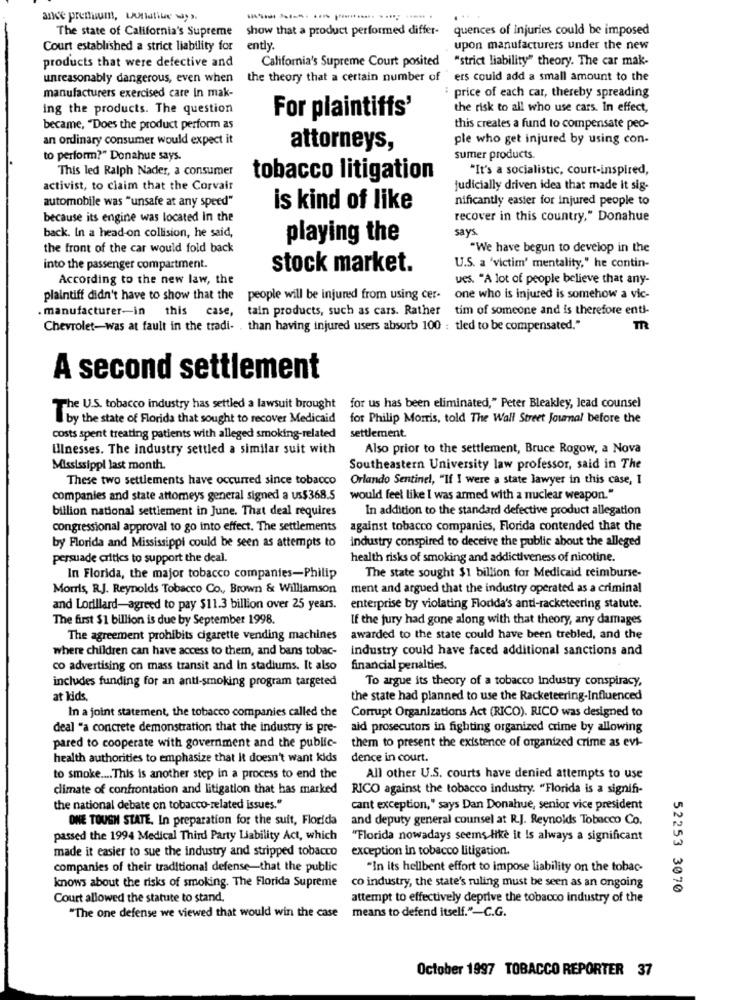
ance premium, unlike ways.
The state of California's Supreme
show that a product performed differ-
quences of injuries could be imposed
Court established a strict liability for
ently.
upon manufacturers under the new
products that were defective and
California's Supreme Court posited "strict liability" theory. The car mak-
unreasonably dangerous, even when
the theory that a certain number of "ers could add a small amount to the
manufacturers exercised care in mak-
price of each car, thereby spreading
ing the products. The question
the risk to all who use cars. In effect,
For plaintiffs'
became, "Does the product perform as
this creates a fund to compensate peo-
an ordinary consumer would expect it
ple who get injured by using con-
attorneys,
to perform?" Donahue says.
sumer products.
This led Ralph Nader, a consumer
"It's a socialistic, court-inspired,
tobacco litigation
activist, to claim that the Corvair
judicially driven idea that made it sig-
automobile was "unsafe at any speed"
nificantly easier for injured people to
is kind of like
because its engine was located in the
recover in this country," Donahue
back. In a head-on collision, he said,
says
playing the
the front of the car would fold back
"We have begun to develop in the
into the passenger compartment.
stock market.
U.S. a 'victim' mentality," he contin-
According to the new law, the
ues. "A lot of people believe that any-
plaintiff didn't have to show that the
people will be injured from using cer-
one who is injured is somehow a vic-
manufacturer-in
this case,
tain products, such as cars. Rather
tim of someone and is therefore enti-
Chevrolet-was at fault in the tradi- .
than having injured users absorb 100 : tled to be compensated."
TR
A second settlement
The U.S. tobacco industry has settled a lawsuit brought for us has been eliminated," Peter Bleakley, lead counsel
by the state of Florida that sought to recover Medicaid
for Philip Morris, told The Wall Street Journal before the
costs spent treating patients with alleged smoking-related
settlement
Ulnesses. The industry settled a similar suit with
Also prior to the settlement, Bruce Rogow, a Nova
Mississippi last month.
Southeastern University law professor, said in The
These two settlements have occurred since tobacco
Orlando Sentinel, "If I were a state lawyer in this case, I
companies and state attorneys general signed a us$368.5
would feel like I was armed with a nuclear weapon."
billion national settlement in June. That deal requires
In addition to the standard defective product allegation
congressional approval to go into effect. The settlements
against tobacco companies, Florida contended that the
by Florida and Mississippi could be seen as attempts to
industry conspired to deceive the public about the alleged
persuade critics to support the deal.
health risks of smoking and addictiveness of nicotine.
In Florida, the major tobacco companies-Philip
The state sought $1 billion for Medicaid reimburse-
Morris, R.J. Reynolds Tobacco Co ., Brown & Williamson
ment and argued that the industry operated as a criminal
and Lorillard-agreed to pay $11.3 billion over 25 years.
enterprise by violating Flodda's anti-racketeering statute.
The furst $1 billion is due by September 1998.
If the jury had gone along with that theory, any damages
The agreement prohibits cigarette vending machines
awarded to the state could have been trebled, and the
where children can have access to them, and bans tobac-
industry could have faced additional sanctions and
co advertising on mass transit and In stadiums. It also
financial penalties.
includes funding for an anti-smoking program targeted
To argue its theory of a tobacco Industry conspiracy,
at kids.
the state had planned to use the Racketeering-Influenced
In a joint statement, the tobacco companies called the
Corrupt Organizations Act (RICO). RICO was designed to
deal "a concrete demonstration that the industry is pre-
aid prosecutors in fighting organized crime by allowing
pared to cooperate with government and the public-
them to present the existence of organized crime as evi-
health authorities to emphasize that it doesn't want kids
dence in court.
to smoke .... This is another step in a process to end the
All other U.S. courts have denied attempts to use
climate of confrontation and litigation that has marked
RICO against the tobacco industry. "Florida is a signifi-
the national debate on tobacco-related issues."
cant exception," says Dan Donahue, senior vice president
ONE TOUGH STATE. In preparation for the suit, Florida
and deputy general counsel at R.J. Reynolds Tobacco Co.
passed the 1994 Medical Third Party Liability Act, which
"Florida nowadays seems like it Is always a significant
made it easier to sue the industry and stripped tobacco
exception in tobacco litigation.
companies of their traditional defense-that the public
"In its hellbent effort to impose liability on the tobac-
knows about the risks of smoking. The Florida Supreme
co industry, the state's ruling must be seen as an ongoing
52253 3070
Court allowed the statute to stand.
attempt to effectively deprive the tobacco industry of the
"The one defense we viewed that would win the case means to defend itself."-C.G.
October 1997 TOBACCO REPORTER 37